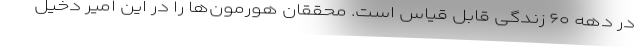
در دهه ۶۰ زندگی قابل قیاس است. محققان هورمون‌ها را در این امیر دخیل